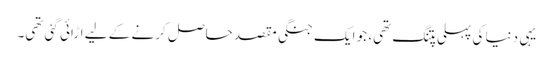
یہی دنیا کی پہلی پتنگ تھی، جو ایک جنگی مقصد حاصل کرنے کے لیے اڑائی گئی تھی۔